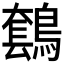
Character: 𪄤